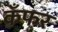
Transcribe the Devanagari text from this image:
कँफर